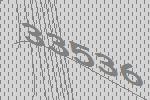
33536